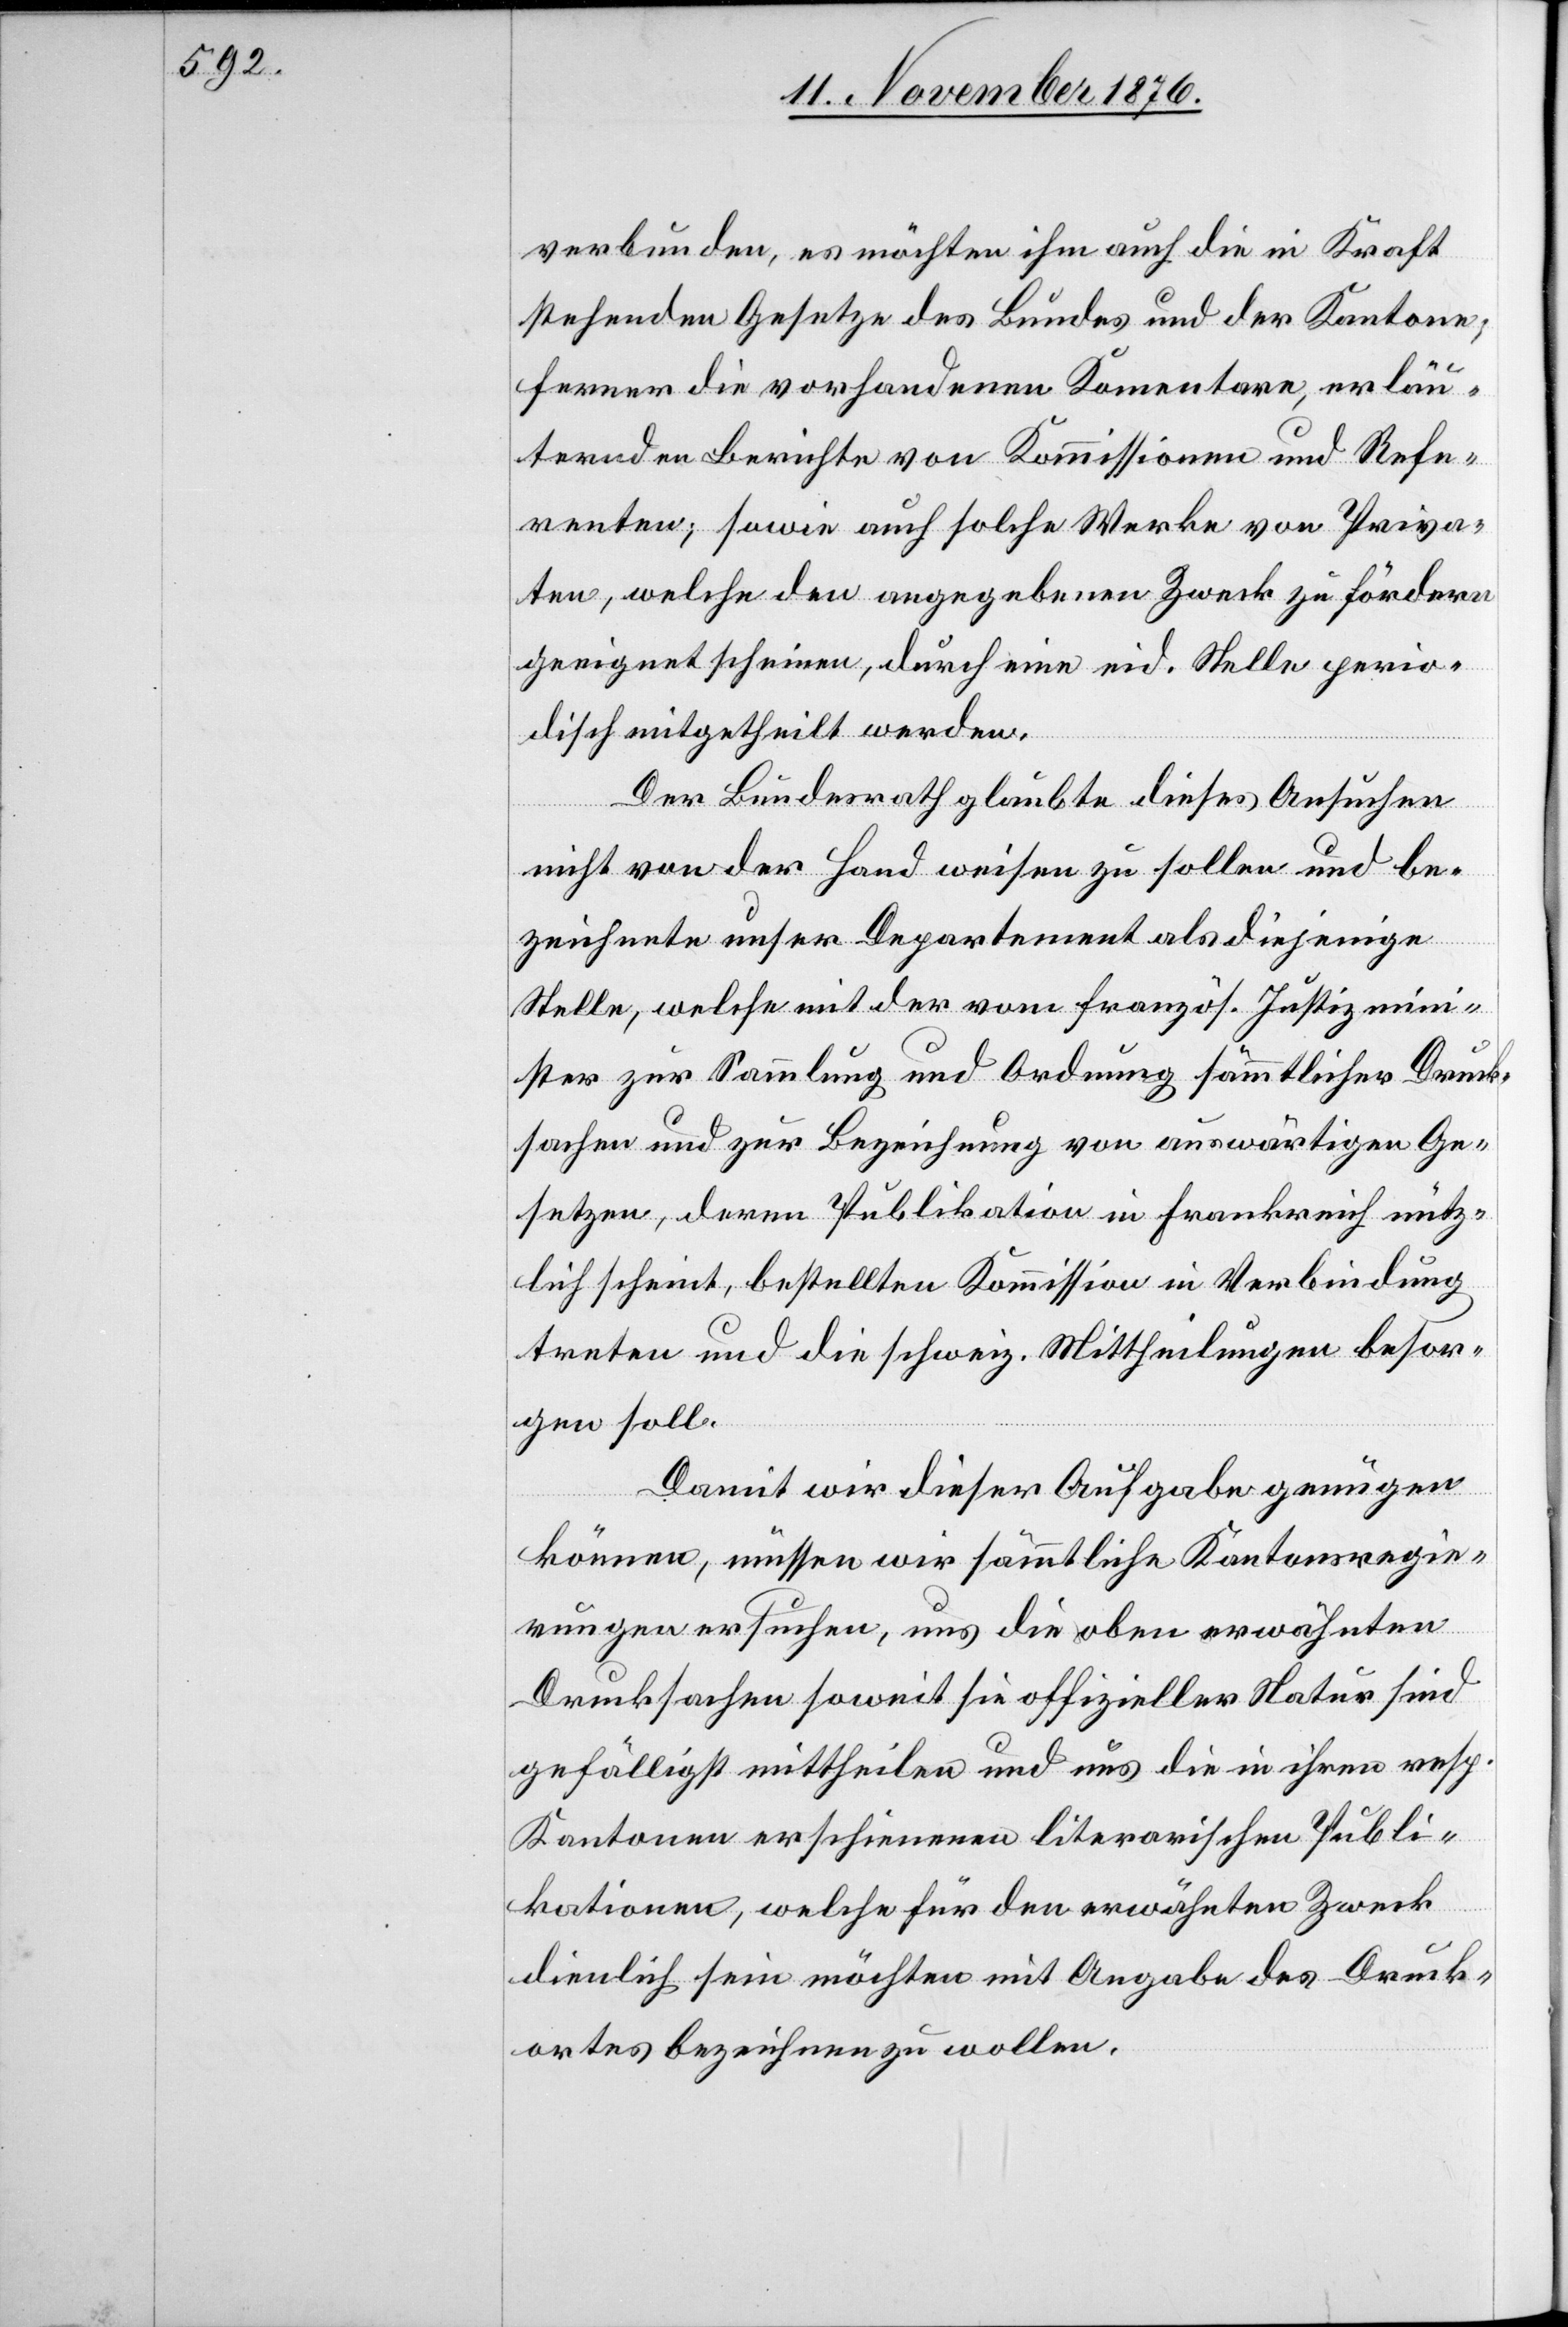
verbunden, es möchten ihm auch die in Kraft
stehenden Gesetze des Bundes und der Kantone,
ferner die vorhandenen Komentare [sic!], erläu¬
ternden Berichte von Kommissionen und Refe¬
renten, sowie auch solche Werke von Priva¬
ten, welche den angegebenen Zweck zu fördern
geeignet scheinen, durch eine eid. Stelle perio¬
disch mitgetheilt werden.
Der Bundesrath glaubte dieses Ansuchen
nicht von der Hand weisen zu sollen und be¬
zeichnete unser Departement als diejenige
Stelle, welche mit der vom französ. Justizmin¬
ister zur Sammlung und Ordnung sämmtlicher Druck¬
sachen und zur Bezeichnung von auswärtigen Ge¬
setzen, deren Publikation in Frankreich nütz¬
lich scheint, bestellten Kommission in Verbindung
treten und die schweiz. Mittheilungen besor¬
gen soll.
Damit wird dieser Aufgabe genügen
können, müssen wir sämmtliche Kantonsregie¬
rungen ersuchen, uns die oben erwähnten
Drucksachen soweit sie offizieller Natur sind
gefälligst mittheilen und uns die in ihren resp.
Kantonen erschienenen literarischen Publi¬
kationen, welche für den erwähnten Zweck
dienlich sein möchten mit Angabe des Druck¬
ortes bezeichnen zu wollen.